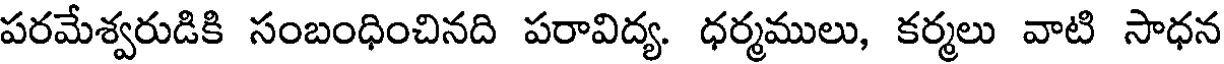
పరమేశ్వరుడికి సంబంధించినది పరావిద్య. ధర్మములు, కర్మలు వాటి సాధన